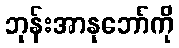
ဘုန်းအာနုဘော်ကို